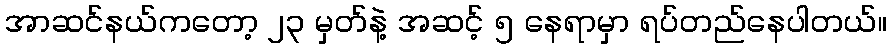
အာဆင်နယ်ကတော့ ၂၃ မှတ်နဲ့ အဆင့် ၅ နေရာမှာ ရပ်တည်နေပါတယ်။